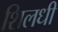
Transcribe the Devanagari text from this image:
शिलधी